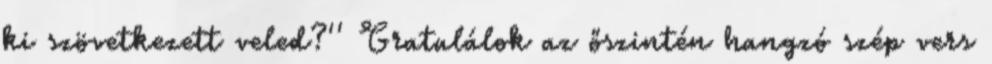
ki szövetkezett veled?'' Gratulálok az őszintén hangzó szép vers